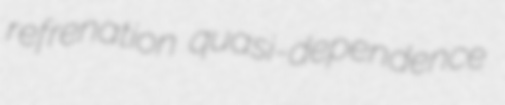
refrenation quasi-dependence